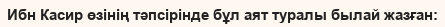
Ибн Касир өзінің тәпсірінде бұл аят туралы былай жазған: